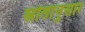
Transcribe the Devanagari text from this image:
स्रोतांनुसार